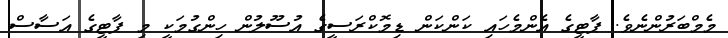
މެމްބަރުންނެވެ. ޕާޓީގެ އެންމެހައި ކަންކަން ޑިމޮކްރަސީގެ އުސޫލުން ހިންގުމަކީ މި ޕާޓީގެ އަސާސް